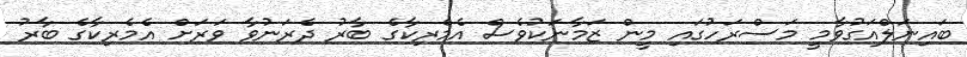
ބައިނަލްއަގުވާމީ މަސްރަހުގައި މީން ޒަމާނަކުވެސް އެމެރިކާގެ ބާރު ދެރަނުވާ ވަރަށް އެމެރިކާގެ ބާރު